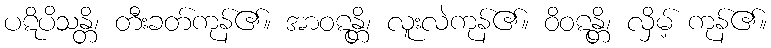
ပဋိပိသန္တိ၊ တီးခတ်ကုန်၏။ အာဝဋန္တိ၊ လူးလဲကုန်၏။ ဝိဝဋန္တိ၊ လှိမ့် ကုန်၏။